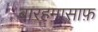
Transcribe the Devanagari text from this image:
बारहमासाफ़